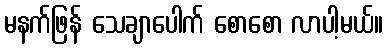
မနက်ဖြန် သေချာပေါက် စောစော လာပါ့မယ်။